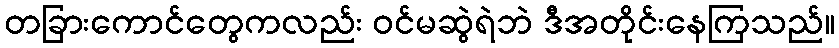
တခြားကောင်တွေကလည်း ဝင်မဆွဲရဲဘဲ ဒီအတိုင်းနေကြသည်။